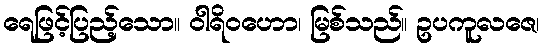
ရေဖြင့်ပြည့်သော။ ဝါရိဝဟော၊ မြစ်သည်။ ဥပကူလဇေ၊